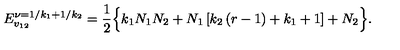
E _ { v _ { 1 2 } } ^ { \nu = 1 / k _ { 1 } + 1 / k _ { 2 } } = \frac { 1 } { 2 } \Big \{ k _ { 1 } N _ { 1 } N _ { 2 } + N _ { 1 } \left[ k _ { 2 } \left( r - 1 \right) + k _ { 1 } + 1 \right] + N _ { 2 } \Big \} .